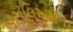
બટાલિઅનના